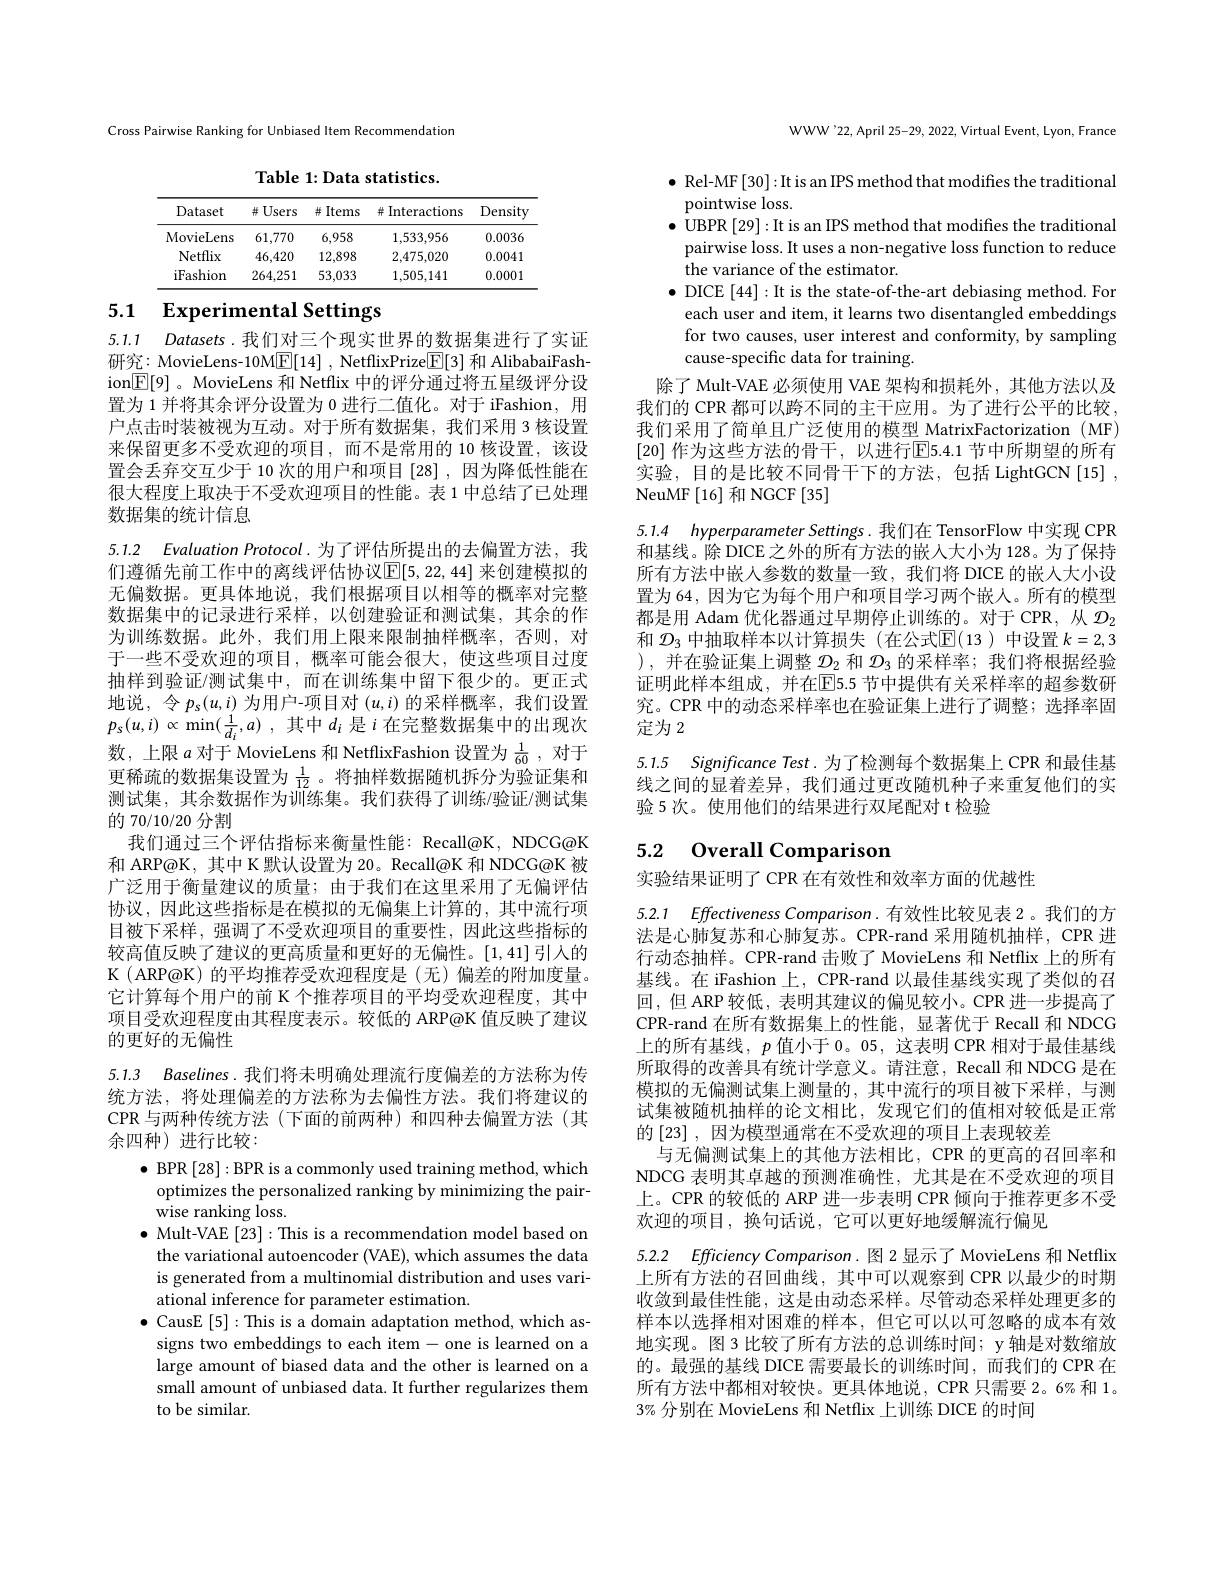
Cross Pairwise Ranking for Unbiased Item Recommendation

Table 1: Data statistics.

<table>
	<tbody>
		<tr>
			<th>Dataset</th>
			<th>并 Users</th>
			<th>并 Items</th>
			<th>$\#$Interactions 升</th>
			<th>Density</th>
		</tr>
		<tr>
			<td>MovieLens</td>
			<td>61,770</td>
			<td>6,958</td>
			<td>1,533,956</td>
			<td>0.0036</td>
		</tr>
		<tr>
			<td>Netflix</td>
			<td>46,420</td>
			<td>12,898</td>
			<td>2,475,020</td>
			<td>0.0041</td>
		</tr>
		<tr>
			<td>iFashion</td>
			<td>264,251</td>
			<td>53,033</td>
			<td>1,505,141</td>
			<td>0.0001</td>
		</tr>
	</tbody>
</table>

# 5.1 Experimental Settings

5.1.1 Datasets.我们对三个现实世界的数据集进行了实证研究：MovieLens-10M$\boxed{\mathbb{E}}[14]$ , NetflixPrize$\boxed{\mathbb{F}}[3]$和 AlibabaiFashion$\boxed{\mathbb{E}}[9]$ 。MovieLens 和 Netflix 中的评分通过将五星级评分设置为 1 并将其余评分设置为 0 进行二值化。对于 iFashion, 用户点击时装被视为互动。对于所有数据集，我们采用 3 核设置来保留更多不受欢迎的项目，而不是常用的 10 核设置，该设置会丢弃交互少于 10 次的用户和项目[28],因为降低性能在很大程度上取决于不受欢迎项目的性能。表 1 中总结了已处理数据集的统计信息

5.1.2 Evaluation Protocol.为了评估所提出的去偏置方法，我们遵循先前工作中的离线评估协议$\mathbb{E}[5,22,44]$ 来创建模拟的无偏数据。更具体地说，我们根据项目以相等的概率对完整数据集中的记录进行采样，以创建验证和测试集，其余的作为训练数据。此外，我们用上限来限制抽样概率，否则，对于一些不受欢迎的项目，概率可能会很大，使这些项目过度抽样到验证/测试集中，而在训练集中留下很少的。更正式地说，令$p_s(u,i)$为用户-项目对$(u,i)$的采样概率，我们设置$p_s( u, i) \propto \min ( \frac 1{d_i}, a)$ ,其中$d_i$ 是$i$在完整数据集中的出现次数，上限$a$对于 MovieLens 和 NetflixFashion 设置为$\frac1{60}$,对于更稀疏的数据集设置为$\frac1{12}$ 。将抽样数据随机拆分为验证集和测试集，其余数据作为训练集。我们获得了训练/验证/测试集的 70/10/20 分割
我们通过三个评估指标来衡量性能：Recall@K, NDCG@K 和 ARP@K, 其中 K 默认设置为 20。Recall@K 和 NDCG@K 被广泛用于衡量建议的质量；由于我们在这里采用了无偏评估协议，因此这些指标是在模拟的无偏集上计算的，其中流行项目被下采样，强调了不受欢迎项目的重要性，因此这些指标的较高值反映了建议的更高质量和更好的无偏性。[1,41]引人的K(ARP@K)的平均推荐受欢迎程度是(无)偏差的附加度量。它计算每个用户的前 K 个推荐项目的平均受欢迎程度，其中项目受欢迎程度由其程度表示。较低的 ARP@K 值反映了建议的更好的无偏性

5.1.3 Baselines. 我们将未明确处理流行度偏差的方法称为传统方法，将处理偏差的方法称为去偏性方法。我们将建议的CPR 与两种传统方法(下面的前两种)和四种去偏置方法(其余四种)进行比较：

$\bullet$ BPR [28]: BPR is a commonly used training method, which
optimizes the personalized ranking by minimizing the pair-
wise ranking loss.
$\bullet$ Mult-VAE [23]:This is a recommendation model based on the variational autoencoder (VAE), which assumes the data is generated from a multinomial distribution and uses variational inference for parameter estimation.
$\bullet$ CausE [5]: This is a domain adaptation method, which assigns two embeddings to each item- one is learned on a large amount of biased data and the other is learned on a small amount of unbiased data. It further regularizes them to be similar.

WWW'22, April 25-29, 2022, Virtual Event, Lyon, France

$\bullet$ Rel-MF[30]:It is an IPS method that modifies the traditional
pointwise loss.
$\bullet$ UBPR [29]:It is an IPS method that modifies the traditional pairwise loss. It uses a non-negative loss function to reduce the variance of the estimator.
$\bullet$ DICE [44]:It is the state-of-the-art debiasing method. For each user and item, it learns two disentangled embeddings for two causes, user interest and conformity, by sampling cause-specific data for training.
除了 Mult-VAE 必须使用 VAE 架构和损耗外，其他方法以及我们的 CPR 都可以跨不同的主干应用。为了进行公平的比较， 我们采用了简单且广泛使用的模型 MatrixFactorization (MF) [20] 作为这些方法的骨干，以进行$\overline{\mathrm{E}}5.4.1$ 节中所期望的所有实验，目的是比较不同骨干下的方法，包括 LightGCN[15] , NeuMF[16] 和 NGCF[35]

5.1.4 hyperparameter Settings. 我们在 TensorFlow 中实现 CPR 和基线。除 DICE 之外的所有方法的嵌人大小为 128。为了保持所有方法中嵌人参数的数量一致，我们将 DICE 的嵌入大小设置为 64, 因为它为每个用户和项目学习两个嵌人。所有的模型都是用 Adam 优化器通过早期停止训练的。对于 CPR,从$\mathcal{D}_{2}$ 和$\mathcal{D}_3$中抽取样本以计算损失 (在公式$\mathbb{E}(13)$中设置$k=2,3$ ),并在验证集上调整$\mathcal{D}_2$和$\mathcal{D}_3$的采样率；我们将根据经验证明此样本组成，并在$\overline{\mathrm{E}}$5.5 节中提供有关采样率的超参数研究。CPR 中的动态采样率也在验证集上进行了调整；选择率固定为 2

5.1.5 Significance Test. 为了检测每个数据集上 CPR 和最佳基线之间的显着差异，我们通过更改随机种子来重复他们的实验 5 次。使用他们的结果进行双尾配对 t 检验

# 5.2 Overall Comparison

实验结果证明了 CPR 在有效性和效率方面的优越性

5.2.1 Effectiveness Comparison. 有效性比较见表 2。我们的方法是心肺复苏和心肺复苏。CPR-rand 采用随机抽样，CPR 进行动态抽样。CPR-rand 击败了 MovieLens 和 Netflix 上的所有基线。在 iFashion 上，CPR-rand 以最佳基线实现了类似的召回，但 ARP 较低，表明其建议的偏见较小。CPR 进一步提高了CPR-rand 在所有数据集上的性能，显著优于 Recall 和 NDCG 上的所有基线，$p$值小于 0。05, 这表明 CPR 相对于最佳基线所取得的改善具有统计学意义。请注意，Recall 和 NDCG 是在模拟的无偏测试集上测量的，其中流行的项目被下采样，与测试集被随机抽样的论文相比，发现它们的值相对较低是正常的$\left[23\right]$,因为模型通常在不受欢迎的项目上表现较差
与无偏测试集上的其他方法相比，CPR 的更高的召回率和NDCG 表明其卓越的预测准确性，尤其是在不受欢迎的项目上。CPR 的较低的 ARP 进一步表明 CPR 倾向于推荐更多不受欢迎的项目，换句话说，它可以更好地缓解流行偏见

5.2.2 Efficiency Comparison. 图 2 显示了 MovieLens 和 Netflix 上所有方法的召回曲线，其中可以观察到 CPR 以最少的时期收敛到最佳性能，这是由动态采样。尽管动态采样处理更多的样本以选择相对困难的样本，但它可以以可忽略的成本有效地实现。图 3 比较了所有方法的总训练时间；y 轴是对数缩放的。最强的基线 DICE 需要最长的训练时间，而我们的 CPR 在所有方法中都相对较快。更具体地说，CPR 只需要 2。6% 和 1。3% 分别在 MovieLens 和 Netflix 上训练 DICE 的时间